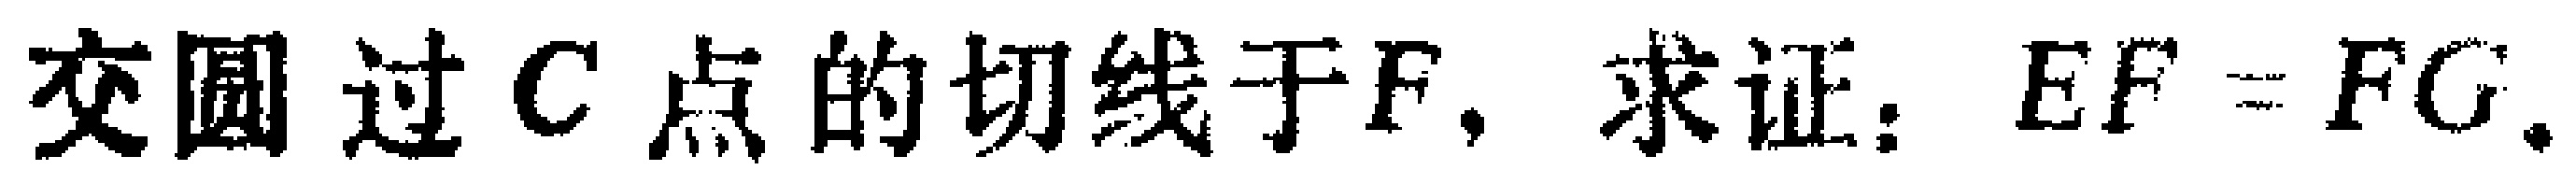
交圆过\(C\)点的切线于\(F\)，求证：\(EF = FG\)。